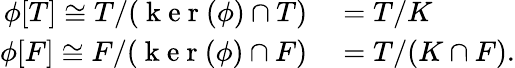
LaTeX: \begin{array}{rl}{\phi[T]\cong T/(\mathrm{~k~e~r~}(\phi)\cap T)}&{{}=T/K}\\ {\phi[F]\cong F/(\mathrm{~k~e~r~}(\phi)\cap F)}&{{}=T/(K\cap F).}\end{array}